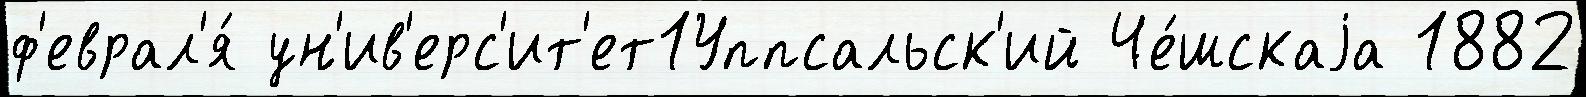
ф'еврал'я́ ун'ив'ерс'ит'ет1Уппсальск'ий Че́шскаjа 1882